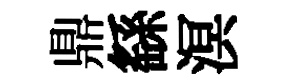
鼎繇溟